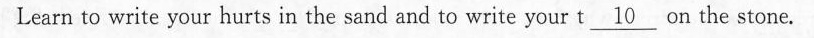
Learn to write your hurts in the sand and to write your t \underline{10} on _the stone.